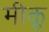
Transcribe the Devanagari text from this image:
मीकू